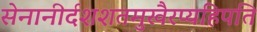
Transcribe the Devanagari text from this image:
सेनानीर्दशशतमुखैरप्यहिपति